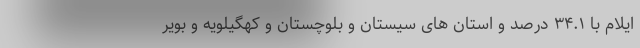
ایلام با ۳۴.۱ درصد و استان های سیستان و بلوچستان و کهگیلویه و بویر